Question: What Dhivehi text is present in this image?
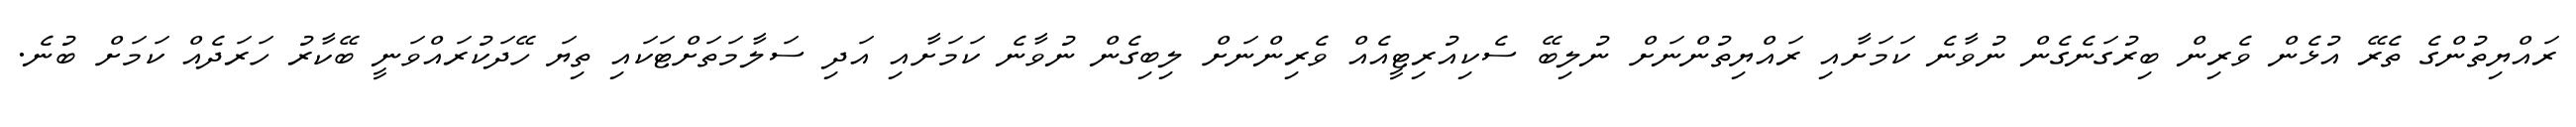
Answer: ރައްޔިތުންގެ ތެރޭ އުޅެން ވެރިން ބިރުގަނެގެން ނުވާނެ ކަމަށާއި ރައްޔިތުންނަށް ނުލިބޭ ސެކިއުރިޓީއެއް ވެރިންނަށް ލިބިގެން ނުވާނެ ކަމަށާއި އަދި ސަލާމަތަށްޓަކައި ތިޔަ ހޭދަކުރައްވަނީ ބޭކާރު ހަރަދެއް ކަމަށް ބުނެ.